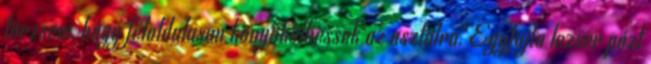
törzsem, hogy féloldalasan könyökölhessek az asztalra. Egyfajta lezser pózt